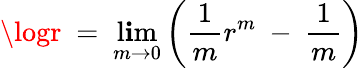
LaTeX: \logr\ =\ \operatorname*{l\mathbf{i}m}_{m\rightarrow0}\left(\frac{{1}}{{m}}r^{m}\ -\ \frac{{1}}{{m}}\right)